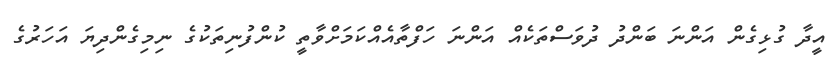
އީދާ ގުޅިގެން އަންނަ ބަންދު ދުވަސްތަކެއް އަންނަ ހަފްތާއެއްކަމަށްވާތީ ކުންފުނިތަކުގެ ނިމިގެންދިޔަ އަހަރުގެ